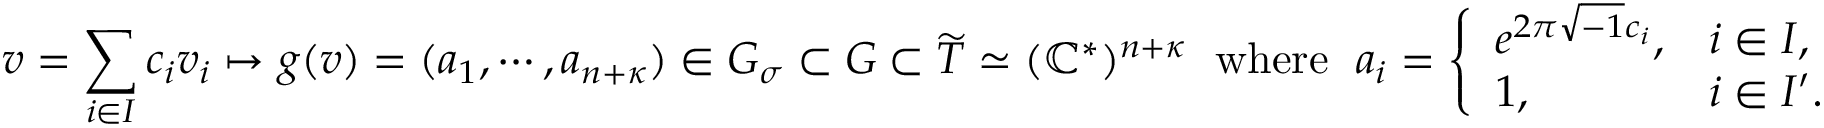
v = \sum _ { i \in I } c _ { i } v _ { i } \mapsto g ( v ) = ( a _ { 1 } , \cdots , a _ { n + { \boldsymbol { \kappa } } } ) \in G _ { \sigma } \subset G \subset \widetilde { T } \simeq ( \mathbb { C } ^ { * } ) ^ { n + { \boldsymbol { \kappa } } } \; \mathrm { ~ w h e r e ~ } \; a _ { i } = \left\{ \begin{array} { l l } { e ^ { 2 \pi \sqrt { - 1 } c _ { i } } , } & { i \in I , } \\ { 1 , } & { i \in I ^ { \prime } . } \end{array} \right.